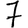
Digit: 7